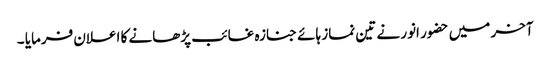
آخر میں حضور انور نے تین نماز ہائے جنازہ غائب پڑھانے کا اعلان فرمایا ۔